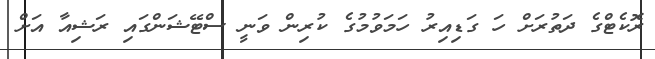
ރޮކެޓްގެ ދަތުރަށް ހަ ގަޑިއިރު ހަމަވުމުގެ ކުރިން ވަނީ ސްޓޭޝަންގައި ރަޝިއާ އަށް